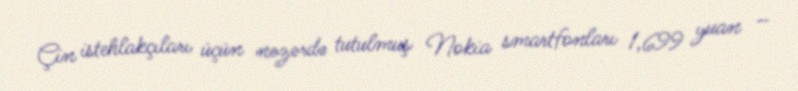
Çin istehlakçıları üçün nəzərdə tutulmuş Nokia smartfonları 1,699 yuan –